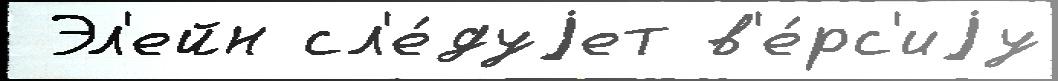
 Эл'ейн сл'е́дуjет в'е́рс'иjу